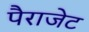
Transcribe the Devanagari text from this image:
पैराजेट